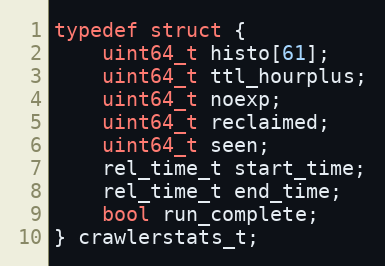
Language: C
typedef struct {
    uint64_t histo[61];
    uint64_t ttl_hourplus;
    uint64_t noexp;
    uint64_t reclaimed;
    uint64_t seen;
    rel_time_t start_time;
    rel_time_t end_time;
    bool run_complete;
} crawlerstats_t;